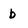
Character: b